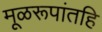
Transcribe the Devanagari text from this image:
मूळरूपांतहि